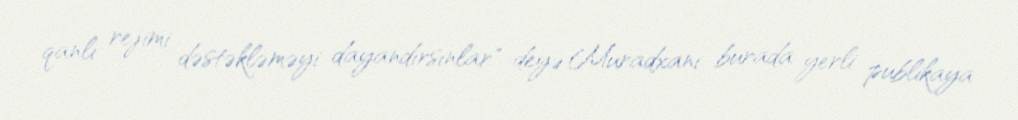
qanlı rejimi dəstəkləməyi dayandırsınlar" deyə Muradxani burada yerli publikaya